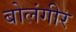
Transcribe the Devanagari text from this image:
बोलंगीर